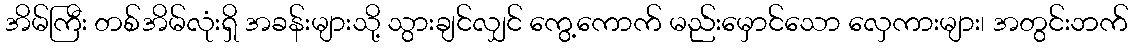
အိမ်ကြီး တစ်အိမ်လုံးရှိ အခန်းများသို့ သွားချင်လျှင် ကွေ့ကောက် မည်းမှောင်သော လှေကားများ၊ အတွင်းဘက်